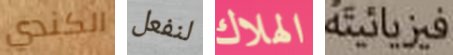
الكندي لنفعل الهلاك فيزيائيته